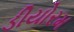
ડીયોરમ